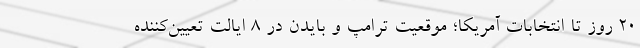
۲۰ روز تا انتخابات آمریکا؛ موقعیت ترامپ و بایدن در ۸ ایالت تعیین‌کننده